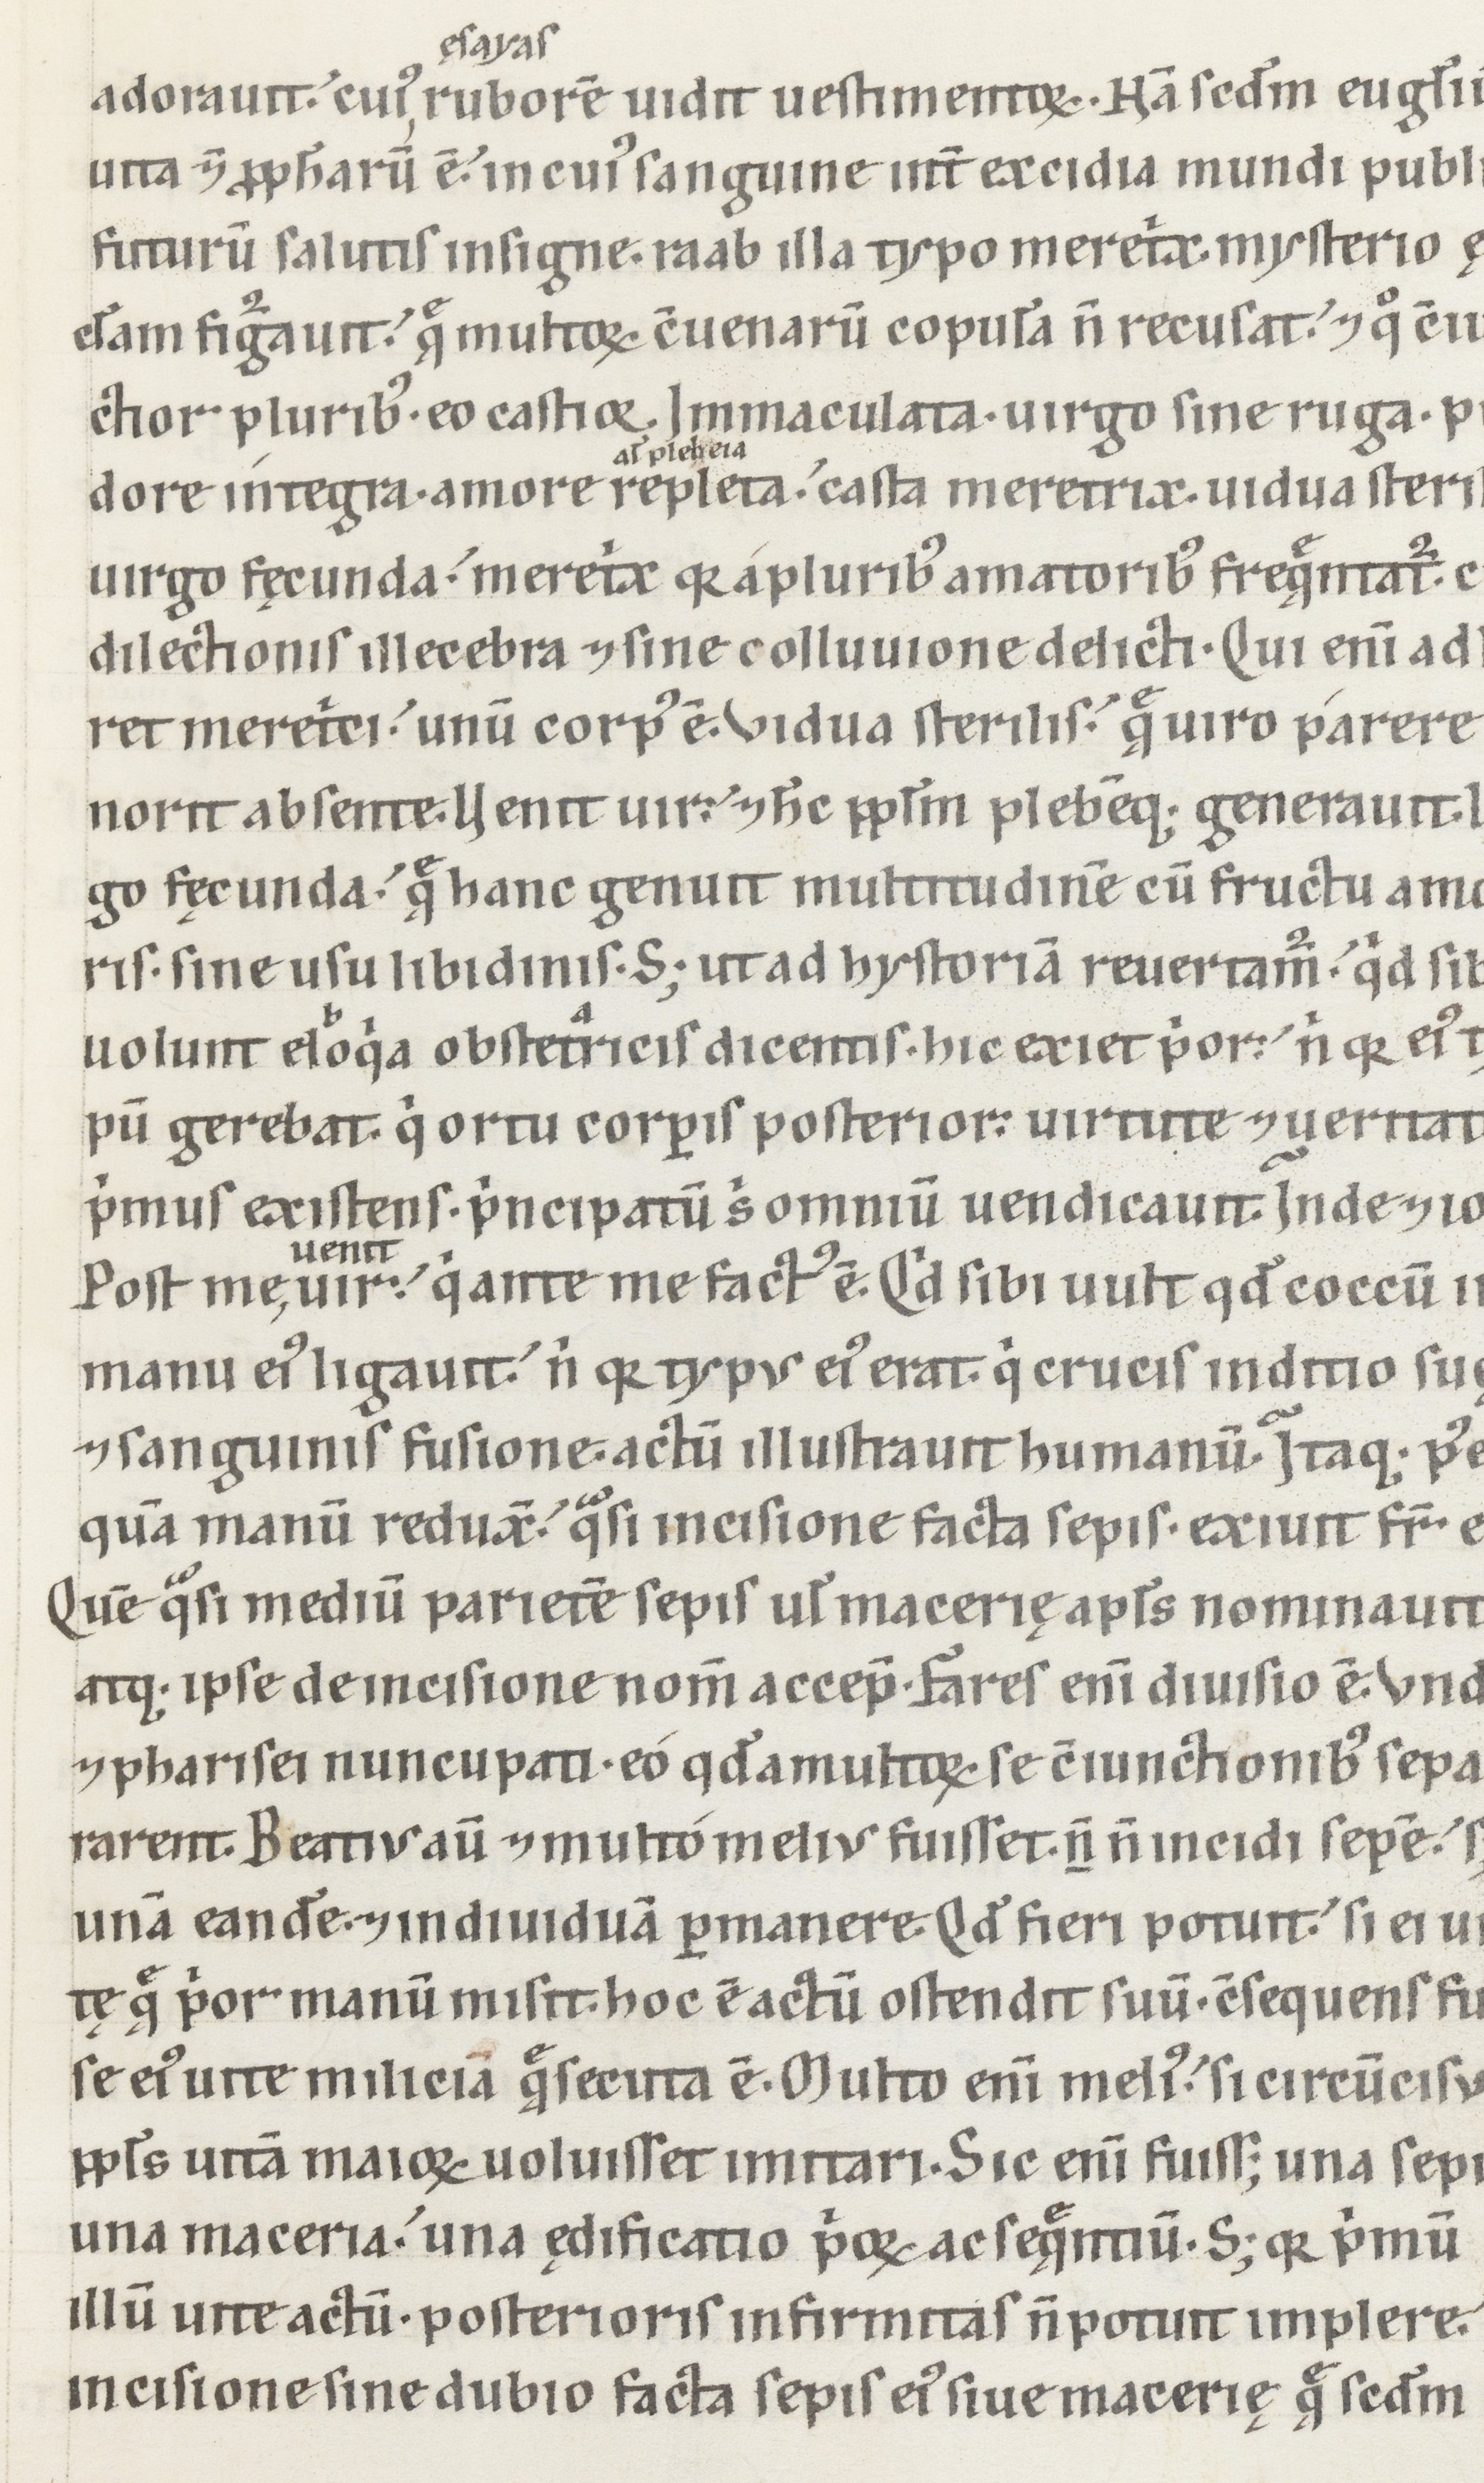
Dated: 1100–1199